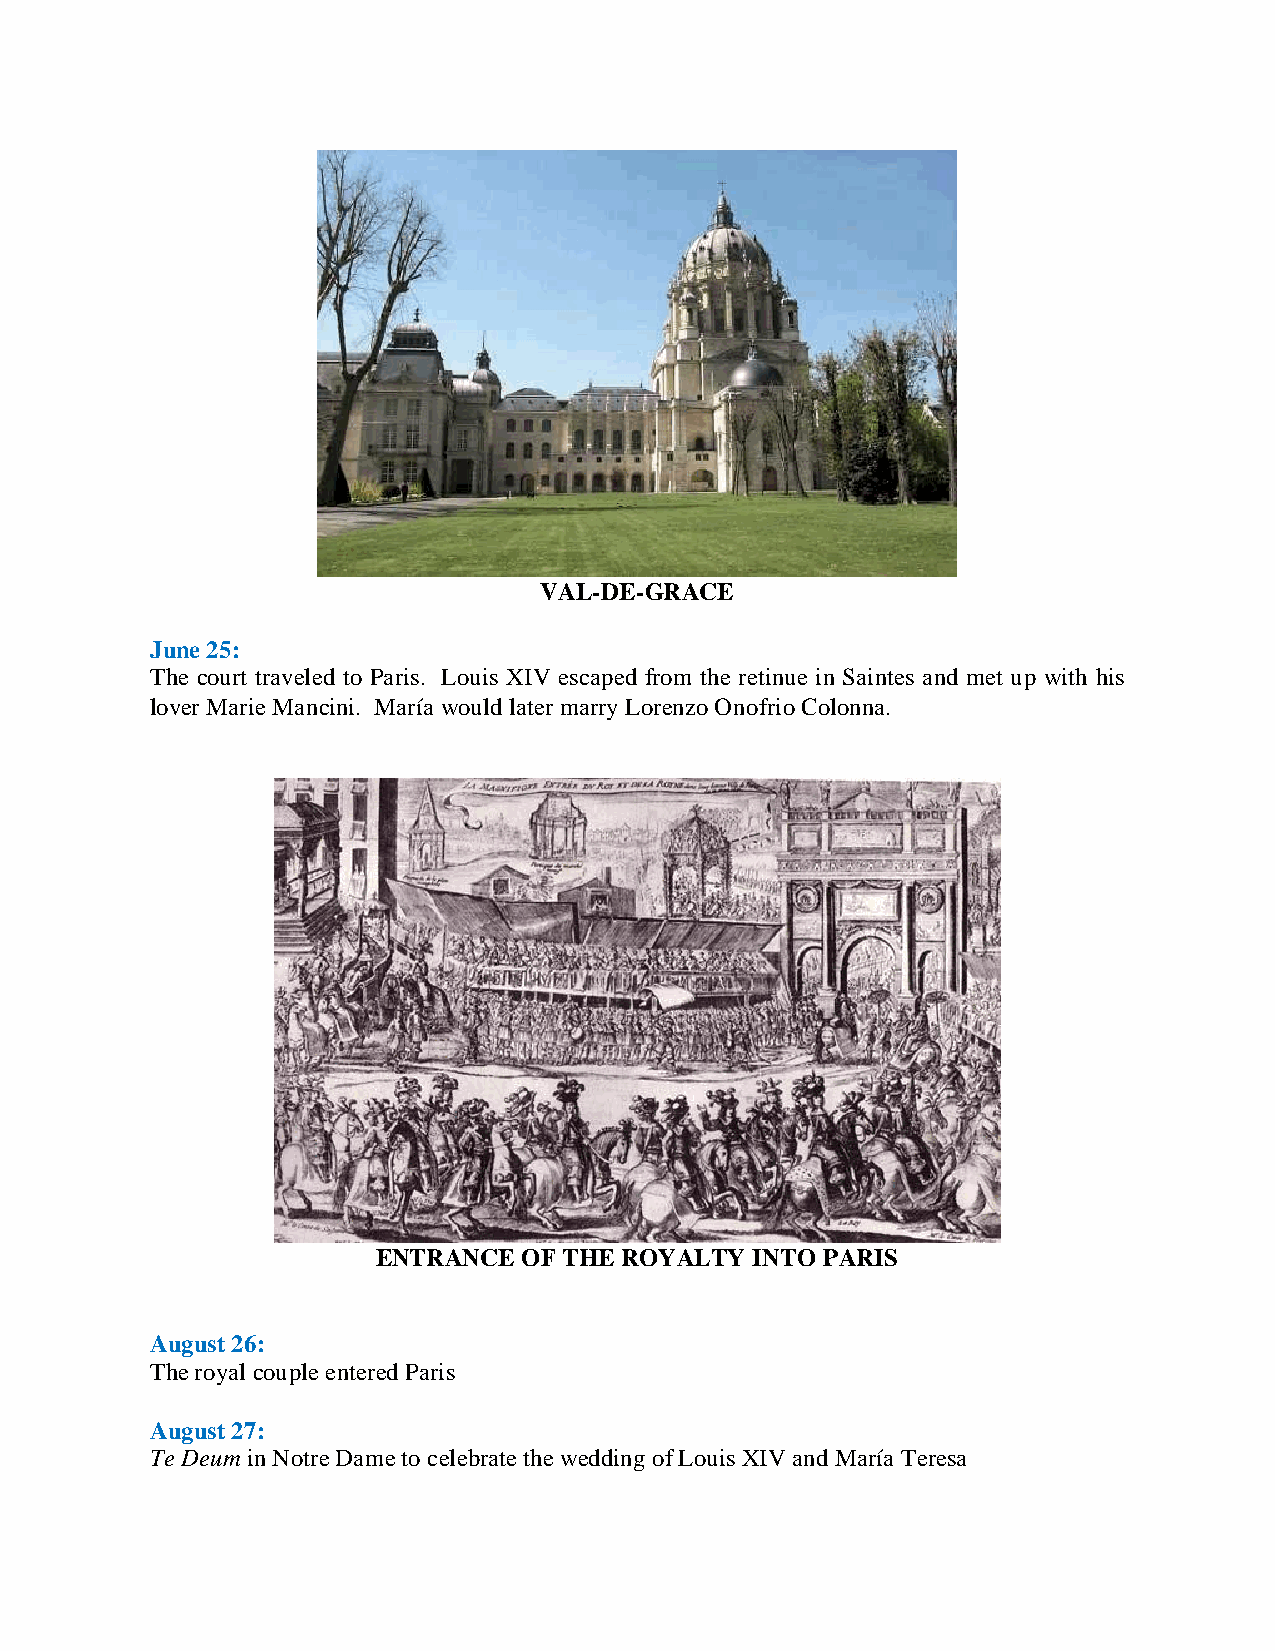
VAL-DE-GRACE
 June 25:
 The court traveled to Paris. Louis XIV escaped from the retinue in Saintes and met up with his
 lover Marie Mancini. María would later marry Lorenzo Onofrio Colonna.
 ENTRANCE  OF THE ROYALTY INTO PARIS
 August 26:
 The royal couple entered Paris
 August 27:
 Te Deum in Notre Dame to celebrate the wedding of Louis XIV and María Teresa